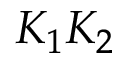
K _ { 1 } K _ { 2 }